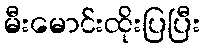
မီးမောင်းထိုးပြပြီး